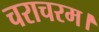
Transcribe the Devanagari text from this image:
चराचरम।